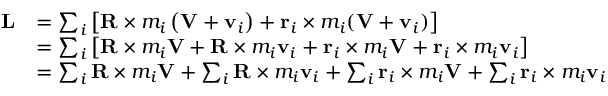
{ \begin{array} { r l } { \mathbf { L } } & { = \sum _ { i } \left[ \mathbf { R } \times m _ { i } \left( \mathbf { V } + \mathbf { v } _ { i } \right) + \mathbf { r } _ { i } \times m _ { i } ( \mathbf { V } + \mathbf { v } _ { i } ) \right] } \\ & { = \sum _ { i } \left[ \mathbf { R } \times m _ { i } \mathbf { V } + \mathbf { R } \times m _ { i } \mathbf { v } _ { i } + \mathbf { r } _ { i } \times m _ { i } \mathbf { V } + \mathbf { r } _ { i } \times m _ { i } \mathbf { v } _ { i } \right] } \\ & { = \sum _ { i } \mathbf { R } \times m _ { i } \mathbf { V } + \sum _ { i } \mathbf { R } \times m _ { i } \mathbf { v } _ { i } + \sum _ { i } \mathbf { r } _ { i } \times m _ { i } \mathbf { V } + \sum _ { i } \mathbf { r } _ { i } \times m _ { i } \mathbf { v } _ { i } } \end{array} }